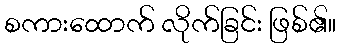
စကားထောက် လိုက်ခြင်း ဖြစ်၏။